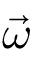
\vec { \omega }